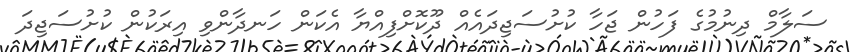
ސަލާމް ދިނުމުގެ ފަހުން ޖަހާ ކުށުސަޖިދައެއް ދޫކޮށްފިއްޔާ އެކަން ހަނދާންވި އިރަކުން ކުށުސަޖިދަ